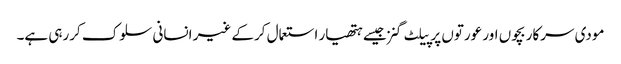
مودی سرکار بچوں اور عورتوں پر پیلٹ گنز جیسے ہتھیار استعمال کرکے غیر انسانی سلوک کررہی ہے۔